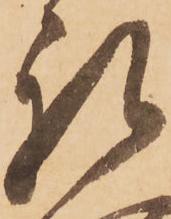
礼